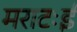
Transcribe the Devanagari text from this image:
मराटःई